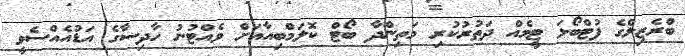
ބްރެޒިލްގެ ފުޓްބޯޅަ ޓީމެއް ދަތުރުކުރި މަތިންދާ ބޯޓް ކޮލަމްބިއާއަށް ވެއްޓުނު ހާދިސާގެ އަޑުއެއްސެވީ